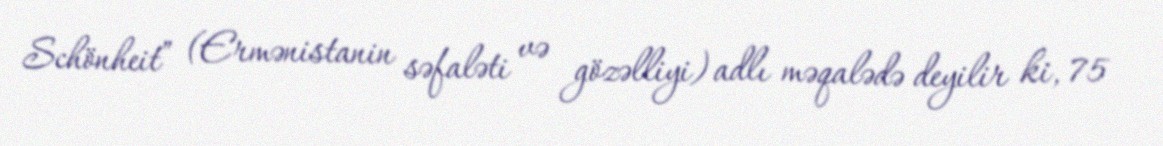
Schönheit” (Ermənistanin səfaləti və gözəlliyi) adlı məqalədə deyilir ki, 75